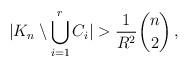
LaTeX: \begin{align*} |K_n\setminus \bigcup_{i=1}^rC_i| > \frac{1}{R^2}\binom{n}{2}\,,\end{align*}